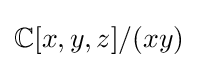
\mathbb {C} [x,y,z]/(xy)